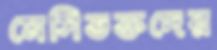
মেসিভক্তদের